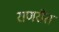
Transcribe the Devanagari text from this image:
राणरौत